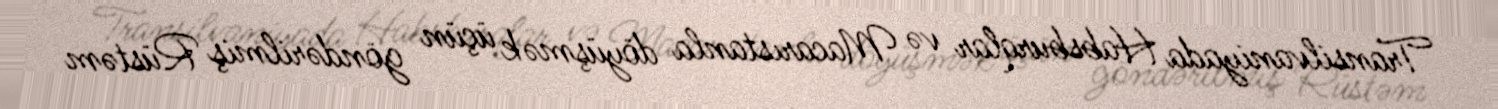
Transilvaniyada Habsburqlar və Macarıstanla döyüşmək üçün göndərilmiş Rüstəm